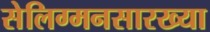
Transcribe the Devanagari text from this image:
सेलिग्मनसारख्या